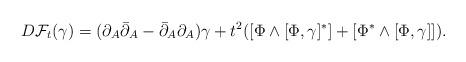
LaTeX: \begin{align*}D\mathcal F_t (\gamma) = (\partial_A\bar\partial_A-\bar\partial_A\partial_A) \gamma+t^2([\Phi\wedge[\Phi,\gamma]^{\ast}]+[\Phi^{\ast}\wedge[\Phi,\gamma]]).\end{align*}